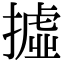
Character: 𢴮